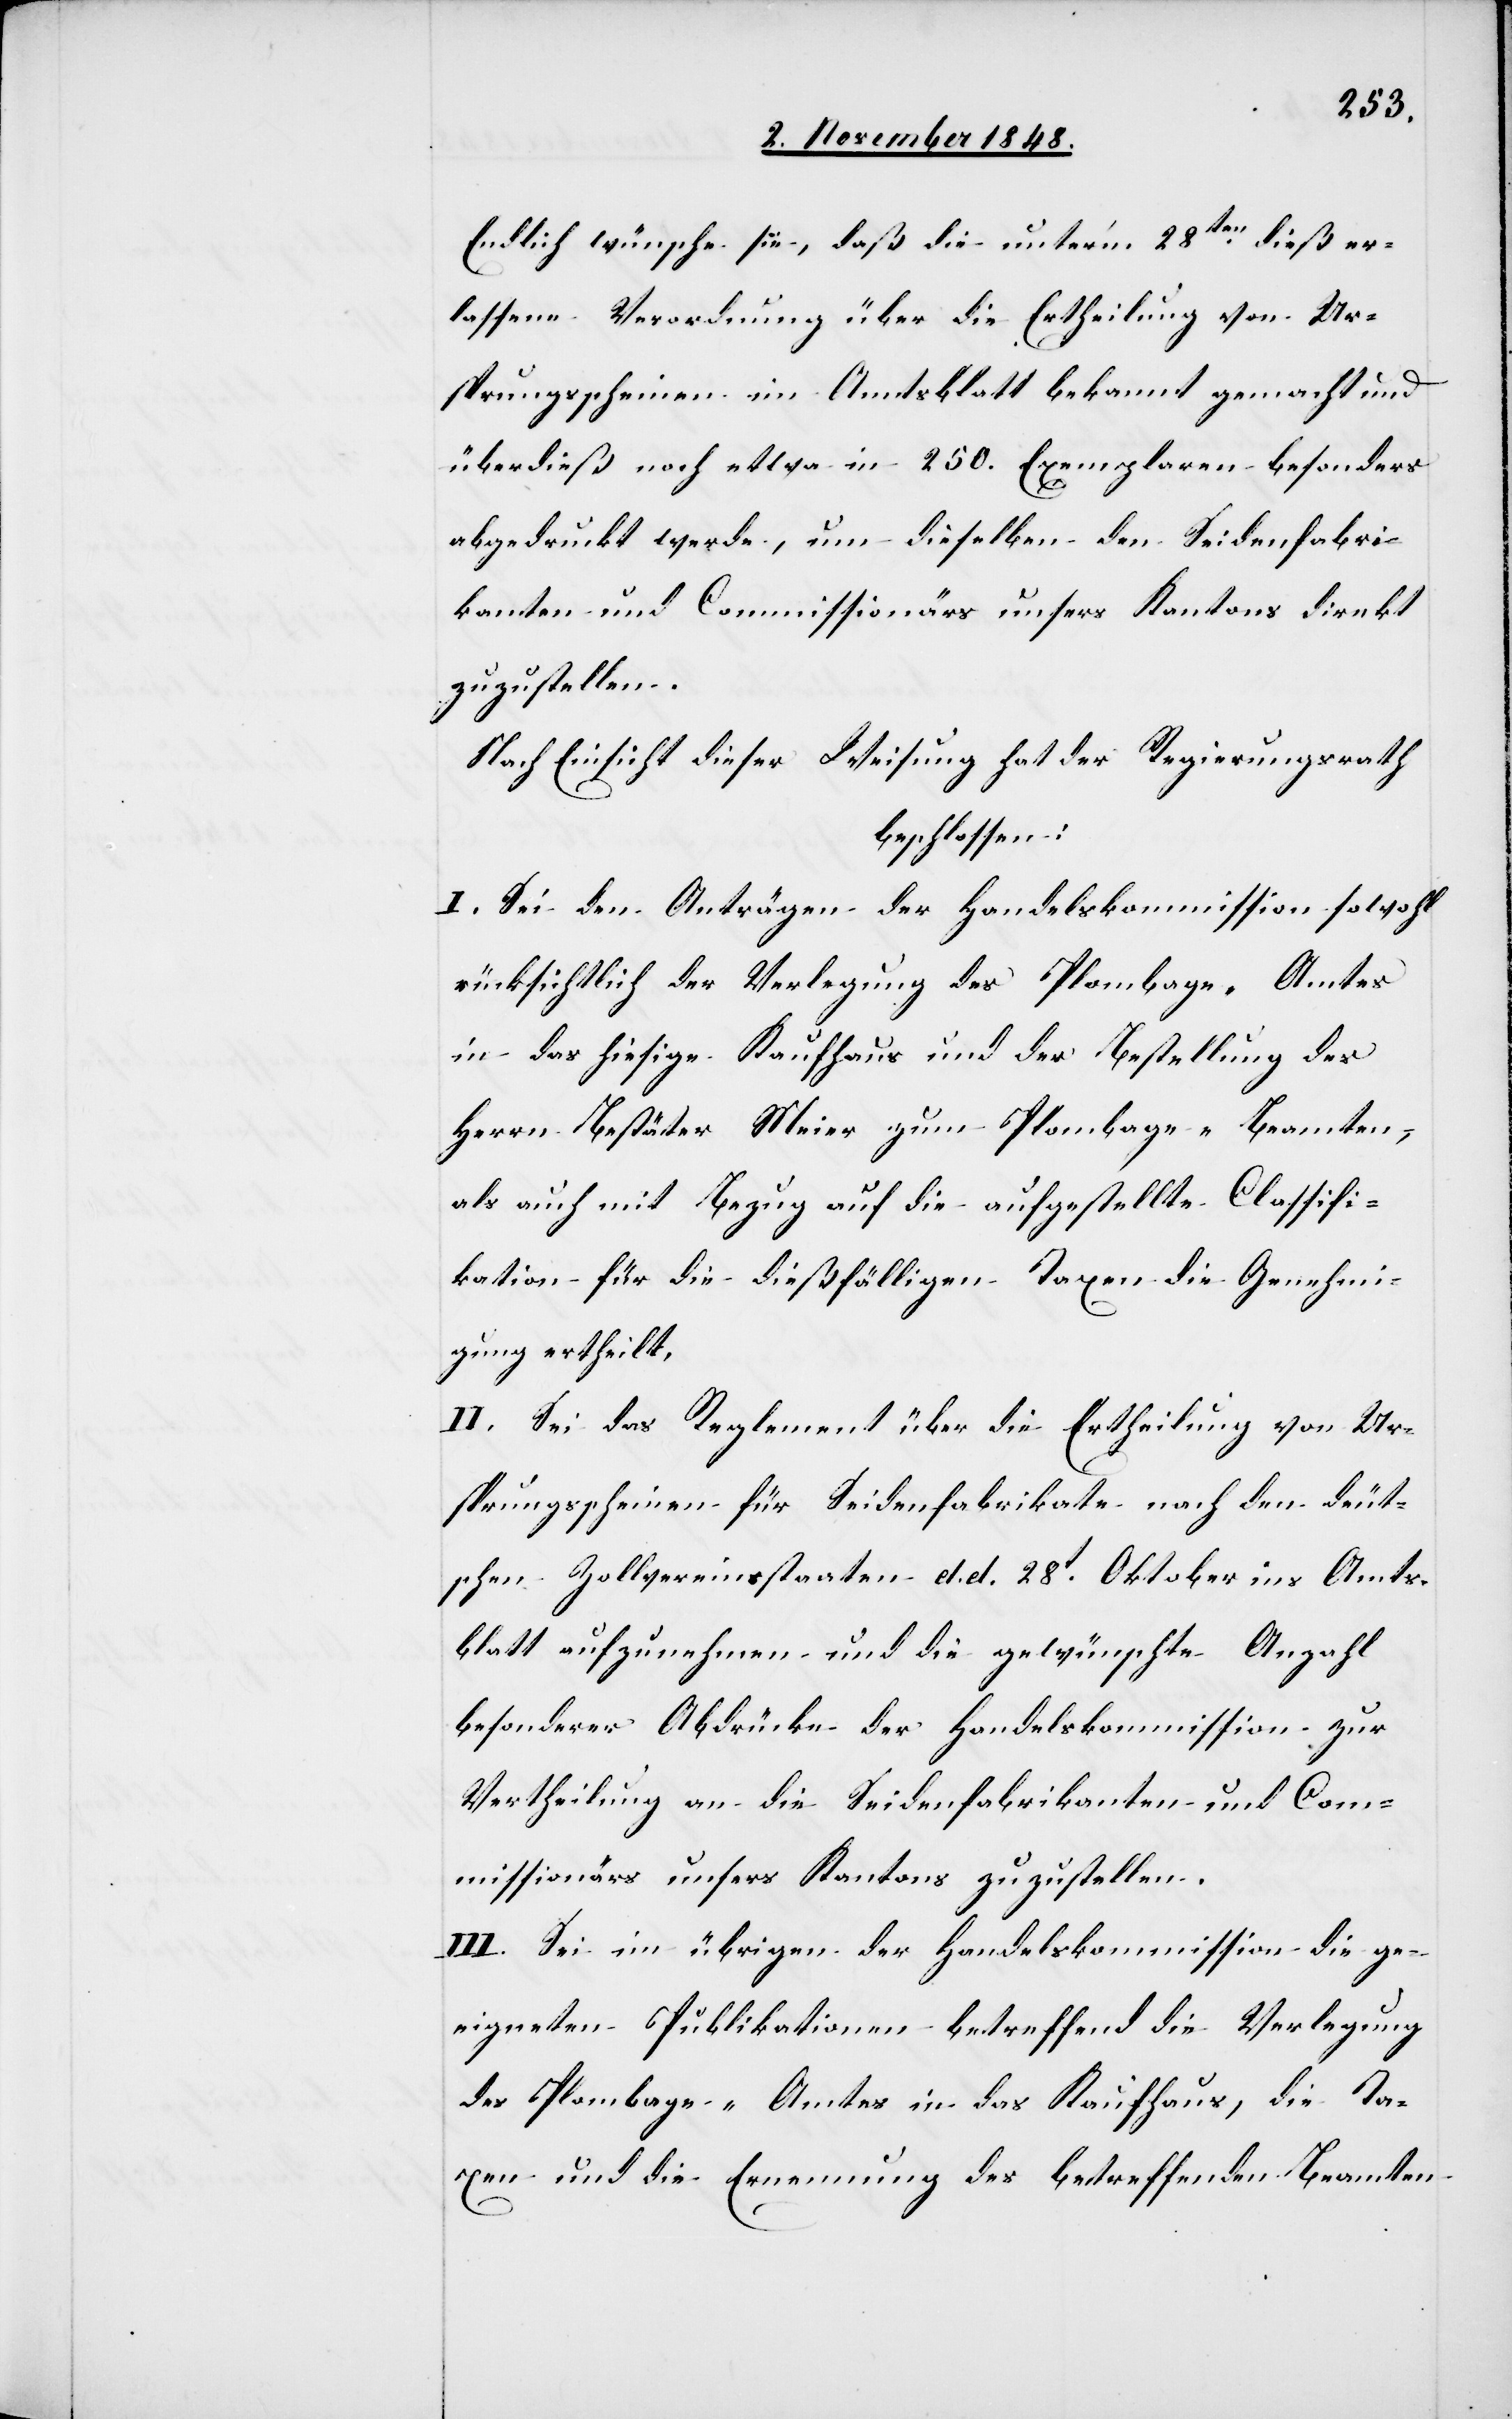
Endlich wünsche sie, daß die unter’m 28ten dieß er¬
lassene Verordnung über die Ertheilung von Ur¬
sprungsscheinen im Amtsblatt bekannt gemacht und
überdieß noch etwa in 250. Exemplaren besonders
abgedruckt werde, um dieselben den Seidenfabri¬
kanten und Commissionärs unsers Kantons direkt
zuzustellen.
Nach Einsicht dieser Weisung hat der Regierungsrath
beschlossen:
I. Sei den Anträgen der Handelskommission sowohl
rücksichtlich der Verlegung des Plombage-Amtes
in das hiesige Kaufhaus und der Bestellung des
Herrn Bestäter Meier zum Plombage-Beamten,
als auch mit Bezug auf die aufgestellte Classifi¬
kation für die dießfälligen Taxen die Genehmi¬
gung ertheilt.
II. Sei das Reglement über die Ertheilung von Ur¬
sprungsscheinen für Seidenfabrikate nach den deut¬
schen Zollvereinsstaaten d. d. 28t Oktober ins Amts¬
blatt aufzunehmen und die gewünschte Anzahl
besonderer Abrücke der Handelskommission zur
Vertheilung an die Seidenfabrikanten und Com¬
missionärs unsers Kantons zuzustellen.
III. Sei im übrigen der Handelskommission die ge¬
eigneten Publikationen betreffend die Verlegung
des Plombage-Amtes in das Kaufhaus, die Ta¬
xen und die Ernennung des betreffenden Beamten